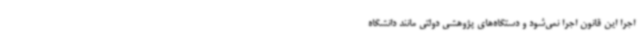
اجرا این قانون اجرا نمی‌شود و دستگاه‌های پژوهشی دولتی مانند دانشگاه